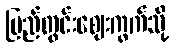
ပြည်တွင်းဈေးကွက်သို့